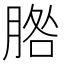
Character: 𦜵